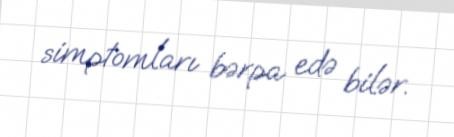
simptomları bərpa edə bilər.